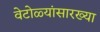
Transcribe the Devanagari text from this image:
वेटोळ्यांसारख्या